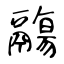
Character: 鬺